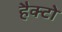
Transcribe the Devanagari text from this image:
हैक्टो